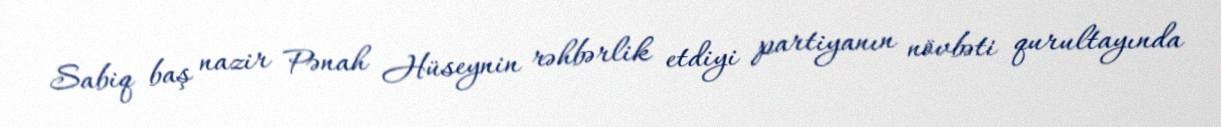
Sabiq baş nazir Pənah Hüseynin rəhbərlik etdiyi partiyanın növbəti qurultayında